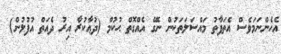
އެހެންނަމަވެސް އެތަފާތު މައްސަލަތަކުން ނެގޭ އެއްގޮތް ޙުކުމް (ދުޢާކުރާ އިރު ދެއަތް އުފުލުން)